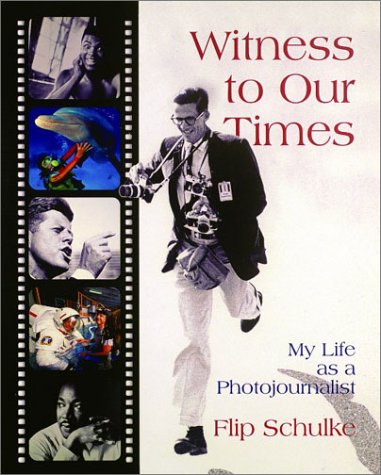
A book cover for Witness to Our Times: My Life as a Photojournalist; Flip Schulke; Teen & Young Adult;